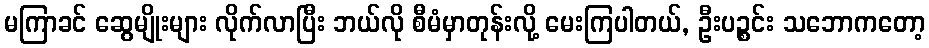
မကြာခင် ဆွေမျိုးများ လိုက်လာပြီး ဘယ်လို စီမံမှာတုန်းလို့ မေးကြပါတယ်, ဦးပဉ္စင်း သဘောကတော့